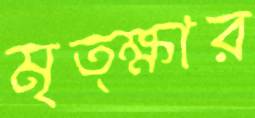
মৃত্ক্ষার